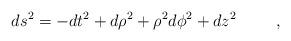
LaTeX: \begin{align*}ds^2 = -dt^2 + d \rho^2 + \rho^2 d \phi^2 + d z^2 \hspace{1cm} ,\end{align*}